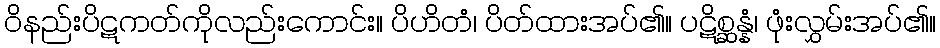
ဝိနည်းပိဋကတ်ကိုလည်းကောင်း။ ပိဟိတံ၊ ပိတ်ထားအပ်၏။ ပဋိစ္ဆန္နံ၊ ဖုံးလွှမ်းအပ်၏။